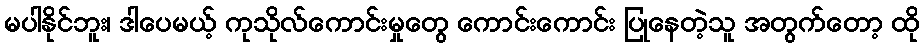
မပါနိုင်ဘူး၊ ဒါပေမယ့် ကုသိုလ်ကောင်းမှုတွေ ကောင်းကောင်း ပြုနေတဲ့သူ အတွက်တော့ ထို